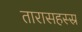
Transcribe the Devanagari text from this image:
तारासहस्स्र